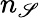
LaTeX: n_{\mathscr{S}}